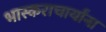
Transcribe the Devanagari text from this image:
भास्कराचार्यांना